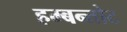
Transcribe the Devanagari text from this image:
हम्बन्तोट